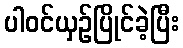
ပါဝင်ယှဉ်ပြိုင်ခဲ့ပြီး